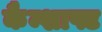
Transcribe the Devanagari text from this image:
कैम्शाफ्ट